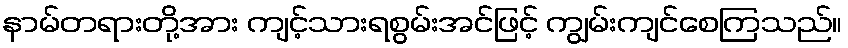
နာမ်တရားတို့အား ကျင့်သားရစွမ်းအင်ဖြင့် ကျွမ်းကျင်စေကြသည်။